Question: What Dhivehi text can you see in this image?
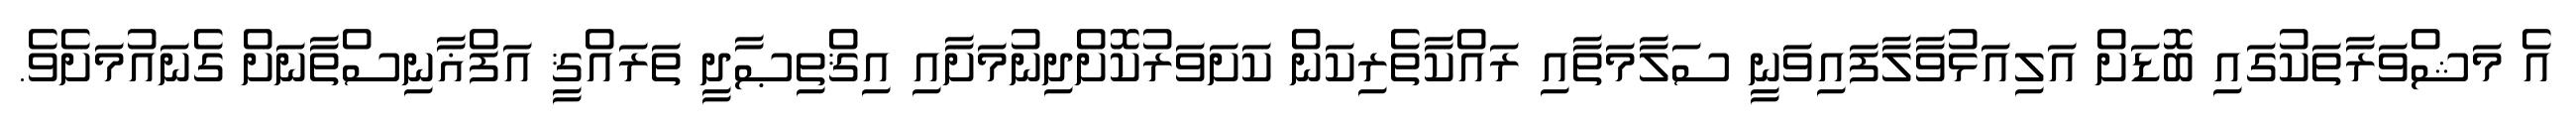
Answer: އެ މަޝްވަރާތަކުގައި ބޮޑަށް އަލިއަޅުވާލާފައިވަނީ ސަލާމަތާއި ރައްކާތެރިކަން ކަށަވަރުކޮށްދިނުމަށާއި އިޤްތިޞާދީ ތަރައްޤީ އަފްޣާނިސްތާނަށް ގެނައުމަށެވެ.